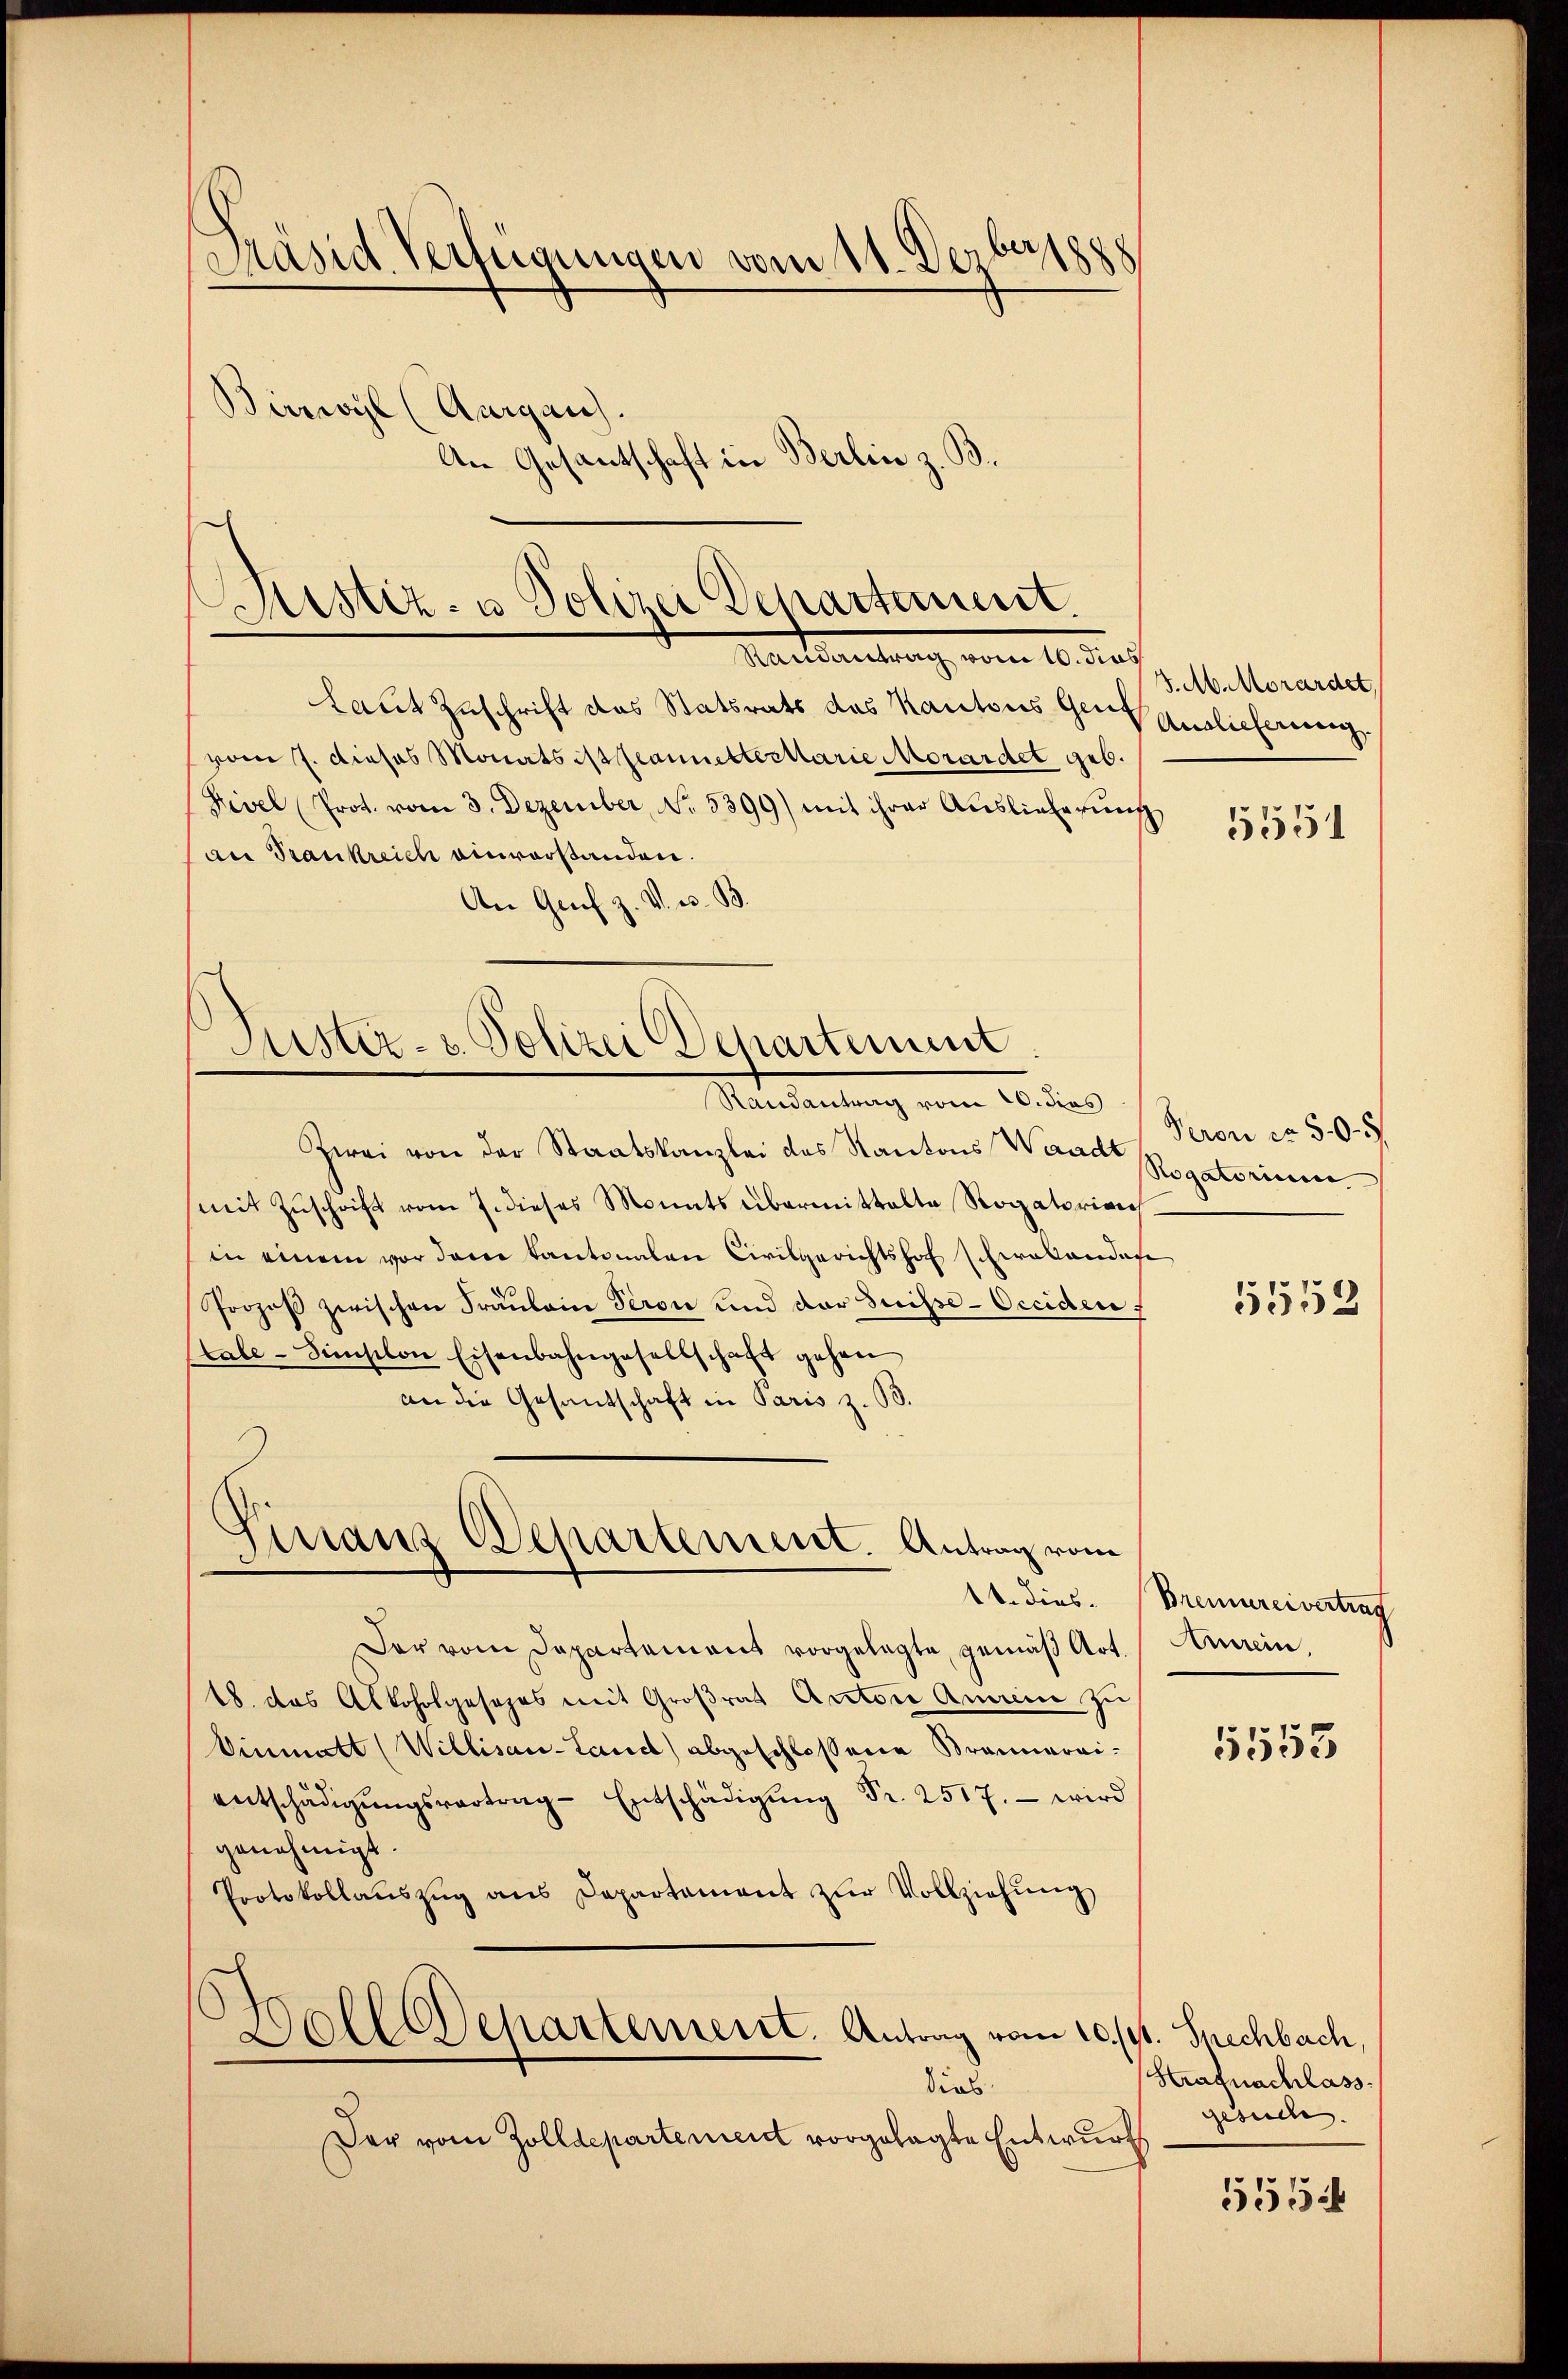
Präsid. Verfügungen vom 11. Dezbarsch
Birrwyl (Aargau.
An Gesantschaft in Berlin z. B.

Justiz- u Polizei Departement
Mactantrag vom 10. Jus

Laut Zuschrift das Statsrats das Kantons Gerd Ausliefererenz
vom 7. dieses Monats ist planettertarie Morardel geb.
Fevel (Prot. vom 3. Dezember, No. 5399) mit ihrer Auslieferung
an Trankreich einvorstanden.
An Grief z. V. e. B

Puster- & Polizei Departement
Mandantung vom 10. des

Finanz Departement. Antrag vom

J. M. Morardet,

Zwei von der Staatskanzlei des Kantons Wann Rogatorium.
mit Zuschrift vom 7. dieses Monats übermittalte Rogatorian
in einem vor dem Kantonalen Civilgerichtshof schwalandes
Prozeß zwischen Fräulein Seron und der Suisse-Occiden f
tale-Sisiton Eisenbahngesellschaft gehen
an die Gesandtschaft in Paris z. B.
Der vom Departement vorgelegte, gemäß Art. Anrein,
18. das Alkoholgesezes mit Großrat Anton Amerin zu
Einmatt (Willisau-Land) abgeschlossene Braunarai-
entschädigŭngsvertrag- Entschädigŭng Fr. 2517. wird
genehmigt.
Protokollaŭszŭg ans Departament zŭr Vollziehŭng
Holldepartement. Antrag vom 10./11. Spechbach,
dies
Der vom Zolldepartement vorgelegte Entwurf

5551

Peron ca 50

5552

14. Dies. Brennereivertrag

5553

Strafnachlass.
gesuche. |

5554